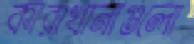
কারাখানাগুলো